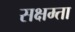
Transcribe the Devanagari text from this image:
सक्षम्ता